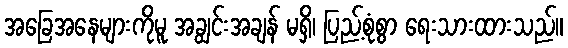
အခြေအနေများကိုမူ အချွင်းအချန် မရှိ၊ ပြည့်စုံစွာ ရေးသားထားသည်။